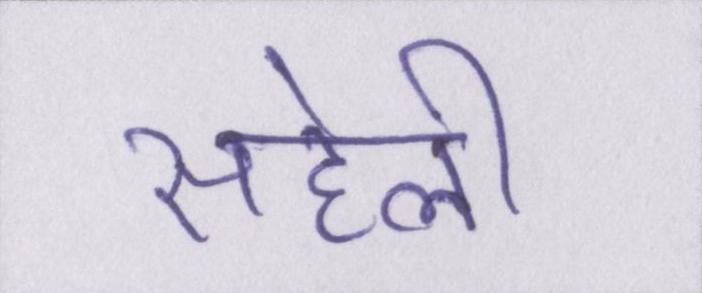
सहेली